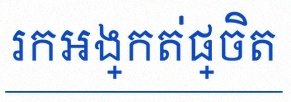
រកអង្កត់ផ្ចិត